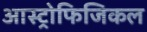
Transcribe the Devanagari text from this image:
आस्ट्रोफिजिकल